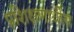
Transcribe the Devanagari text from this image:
प्रशिक्षणार्थीस